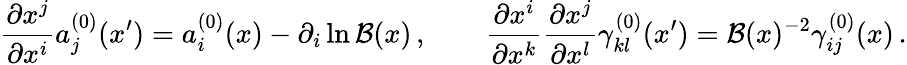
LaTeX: \frac{\partial x^{j}}{\partial x^{i}}a_{j}^{(0)}(x^{\prime})=a_{i}^{(0)}(x)-\partial_{i}\ln{\cal B}(x)\, ,\qquad\frac{\partial x^{i}}{\partial x^{k}}\frac{\partial x^{j}}{\partial x^{l}}\gamma_{kl}^{(0)}(x^{\prime})={\cal B}(x)^{-2}\gamma_{ij}^{(0)}(x)\, .